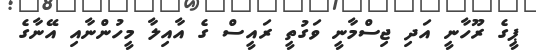
ޕީގެ ރޫހާނީ އަދި ޖިސްމާނީ ވަގުތީ ރައީސް ގެ އާއިލާ މީހުންނާއި އޭނާގެ